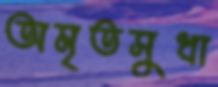
অমৃতসুধা